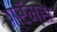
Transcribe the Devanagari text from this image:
ग्रॅम्स